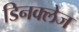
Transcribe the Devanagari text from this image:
डिनक्लेज